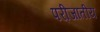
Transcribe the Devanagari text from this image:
परीजातीय